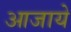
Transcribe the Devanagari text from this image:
आजाये